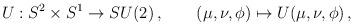
LaTeX: \begin{align*}U: S^2 \times S^1 \to SU(2)\,, \qquad (\mu, \nu, \phi) \mapsto U(\mu, \nu, \phi)\,,\end{align*}